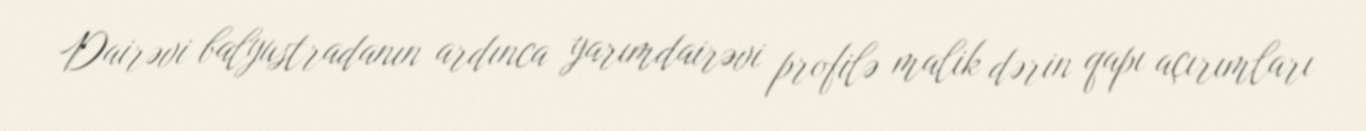
Dairəvi balyustradanın ardınca yarımdairəvi profilə malik dərin qapı açırımları